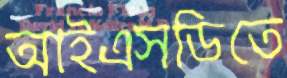
আইএসডিতে